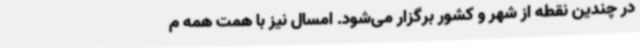
در چندین نقطه از شهر و کشور برگزار می‌شود. امسال نیز با همت همه م